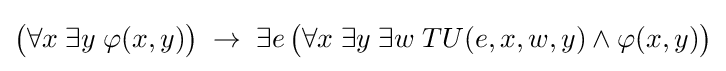
{\big (}\forall x\;\exists y\;\varphi (x,y){\big )}\;\to \;\exists e\,{\big (}\forall x\;\exists y\;\exists w\;TU(e,x,w,y)\wedge \varphi (x,y){\big )}